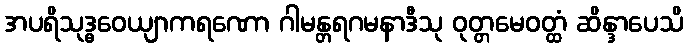
အပရိသုဒ္ဓဝေယျာကရဏော ဂါမန္တရဂမနာဒီသု ဝုတ္တမေဝတ္ထံ ဆိန္ဒာပေသိ